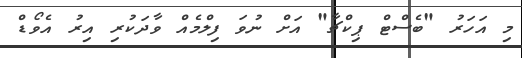
މި އަހަރު "ބެސްޓް ޕިކްޗާ" އަށް ނުވަ ފިލްމެއް ވާދަކުރި އިރު އެވޯޑް